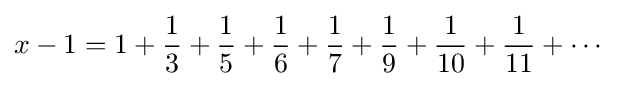
x-1=1+{\frac {1}{3}}+{\frac {1}{5}}+{\frac {1}{6}}+{\frac {1}{7}}+{\frac {1}{9}}+{\frac {1}{10}}+{\frac {1}{11}}+\cdots